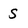
Character: S